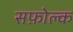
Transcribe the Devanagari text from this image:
सफ़ोल्क